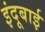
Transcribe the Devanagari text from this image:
इंदूबाई